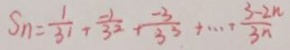
S _ { n } = \frac { 1 } { 3 ^ { 1 } } + \frac { - 1 } { 3 ^ { 2 } } + \frac { - 3 } { 3 ^ { 3 } } + \cdots + \frac { 3 - 2 n } { 3 n }